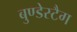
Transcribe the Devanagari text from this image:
बुण्डेस्टैग